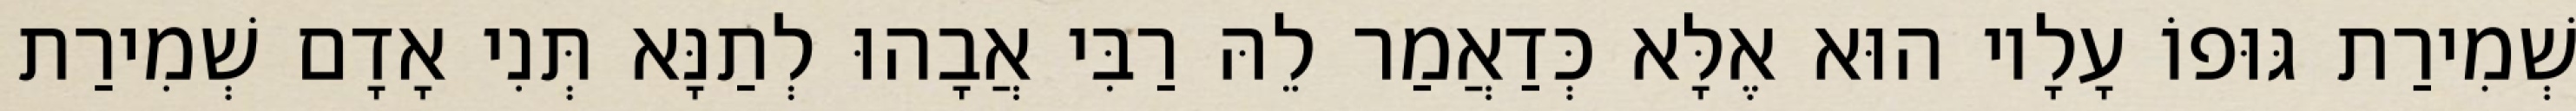
שְׁמִירַת גּוּפוֹ עָלָיו הוּא אֶלָּא כְּדַאֲמַר לֵהּ רַבִּי אֲבָהוּ לְתַנָּא תְּנִי אָדָם שְׁמִירַת